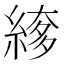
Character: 䋾